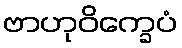
ဗာဟုဝိက္ခေပံ